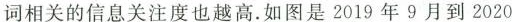
词相关的信息关注度也越高。如图是2019年9月到2020